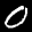
Label: 0